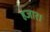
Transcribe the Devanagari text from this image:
हजार।